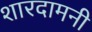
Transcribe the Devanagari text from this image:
शारदामनी